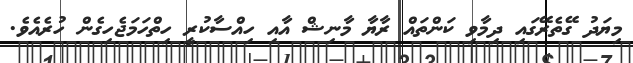
މިޔަދު ގޭތެރޭގައި ދިމާވި ކަންތައް ރާޔާ މާނިޝް އާއި ހިއްސާކުރީ ހިތްހަމަޖެހިގެން ހުރެއެވެ.